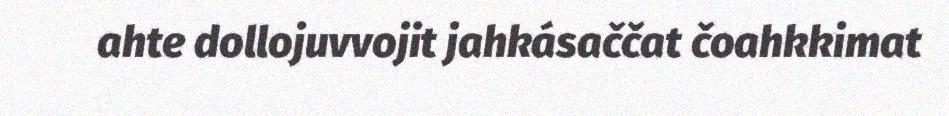
ahte dollojuvvojit jahkásaččat čoahkkimat